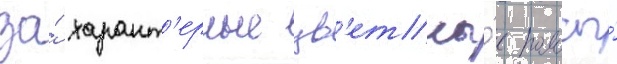
за́ характ'ерные цв'етны́е полосы́